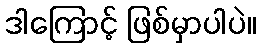
ဒါကြောင့် ဖြစ်မှာပါပဲ။